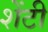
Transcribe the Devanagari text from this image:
शेंटी